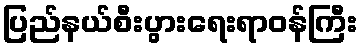
ပြည်နယ်စီးပွားရေးရာဝန်ကြီး